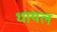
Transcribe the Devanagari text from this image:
धायल